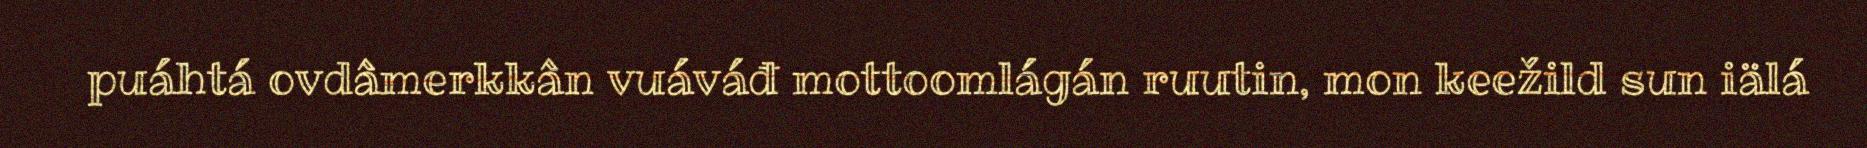
puáhtá ovdâmerkkân vuáváđ mottoomlágán ruutin, mon keežild sun iälá